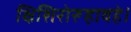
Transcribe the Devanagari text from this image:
क्षिशिरोरूहावहे।